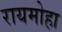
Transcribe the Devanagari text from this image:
रायमोहा